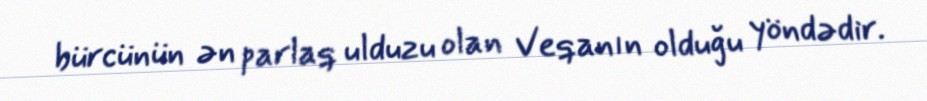
bürcünün ən parlaq ulduzu olan Veqanın olduğu yöndədir.